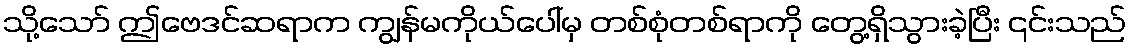
သို့သော် ဤဗေဒင်ဆရာက ကျွန်မကိုယ်ပေါ်မှ တစ်စုံတစ်ရာကို တွေ့ရှိသွားခဲ့ပြီး ၎င်းသည်